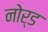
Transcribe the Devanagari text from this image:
नोर्ड